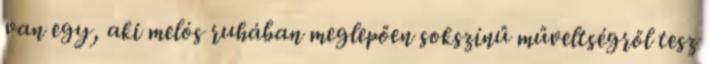
van egy, aki melós ruhában meglepően sokszínű műveltségről tesz